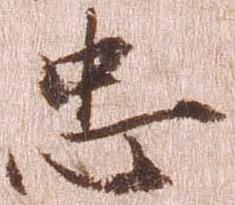
忠